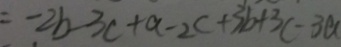
= - 2 b - 3 c + a - 2 c + 3 b + 3 c - 3 a